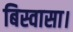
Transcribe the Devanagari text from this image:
बिस्वासा।